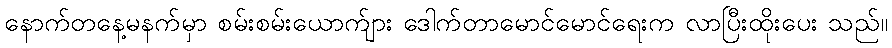
နောက်တနေ့မနက်မှာ စမ်းစမ်းယောက်ျား ဒေါက်တာမောင်မောင်ရေးက လာပြီးထိုးပေး သည်။